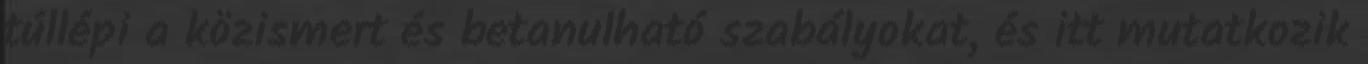
túllépi a közismert és betanulható szabályokat, és itt mutatkozik